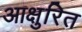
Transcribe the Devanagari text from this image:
आक्षुरित